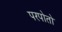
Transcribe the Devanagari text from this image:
परपोतो